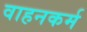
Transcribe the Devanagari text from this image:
वाहनकर्म